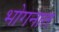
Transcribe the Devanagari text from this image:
भोगनात